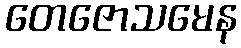
တေဇောသမေန